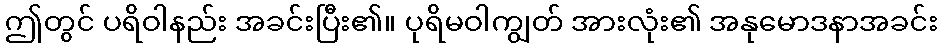
ဤတွင် ပရိဝါနည်း အခင်းပြီး၏။ ပုရိမဝါကျွတ် အားလုံး၏ အနုမောဒနာအခင်း